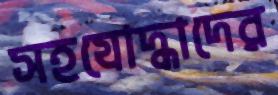
সহযোদ্ধাদের